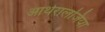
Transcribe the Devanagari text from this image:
आर्थरालजिया